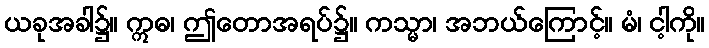
ယခုအခါ၌။ ဣဓ၊ ဤတောအရပ်၌။ ကသ္မာ၊ အဘယ်ကြောင့်။ မံ၊ ငါ့ကို။